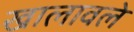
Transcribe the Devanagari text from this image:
खालावले